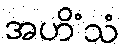
အဟိံသံ